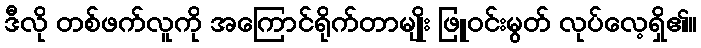
ဒီလို တစ်ဖက်လူကို အကြောင်ရိုက်တာမျိုး ဖြူဝင်းမွတ် လုပ်လေ့ရှိ၏။